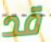
قد